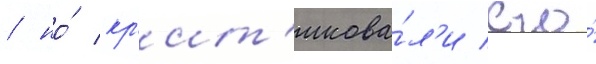
/ но́ кр'ит'икова́л'и его́